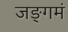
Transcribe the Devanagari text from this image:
जङ्गमं